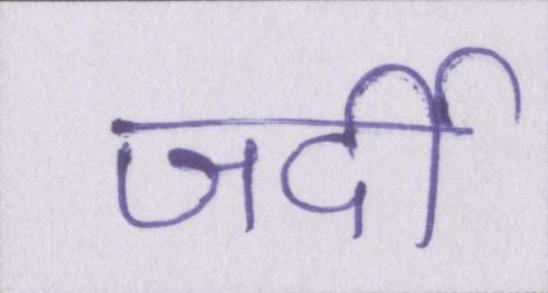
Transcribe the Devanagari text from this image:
जर्दी